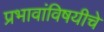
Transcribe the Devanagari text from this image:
प्रभावांविषयीचे